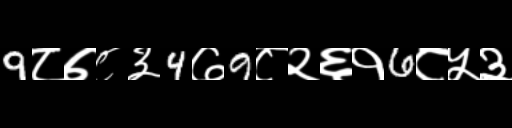
Text: 9८७८३4७9८२६१6८५३